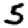
Digit: 5